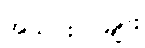
အသင်းဝင်များ